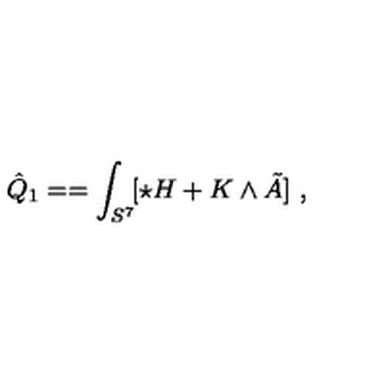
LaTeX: \hat { Q } _ { 1 } = = \int _ { S ^ { 7 } } \! [ \star H + K \wedge \tilde { A } ] \ ,